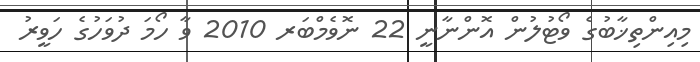
މިއިންތިޚާބުގެ ވޯޓުލުން އޮންނާނީ 22 ނޮވެމްބަރ 2010 ވާ ހޯމަ ދުވަހުގެ ހަވީރު